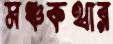
মঞ্চকথার